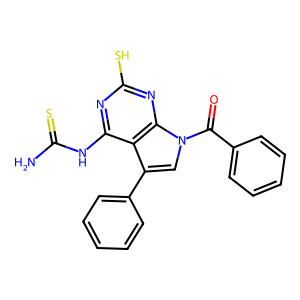
SMILES: NC(=S)Nc1nc(S)nc2c1c(-c1ccccc1)cn2C(=O)c1ccccc1
Inhibits HIV replication: No